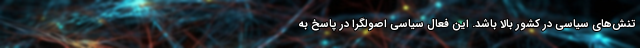
تنش‌های سیاسی در کشور بالا باشد. این فعال سیاسی اصولگرا در پاسخ به